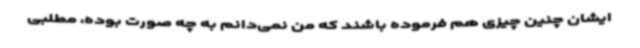
ایشان چنین چیزی هم فرموده باشند که من نمی‌دانم به چه صورت بوده، مطلبی